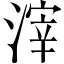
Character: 滓